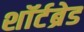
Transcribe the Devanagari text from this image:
शॉर्टब्रेड